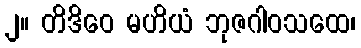
၂။ တိဒိဝေ မဟိယံ ဘုဇဂါဝသထေ၊